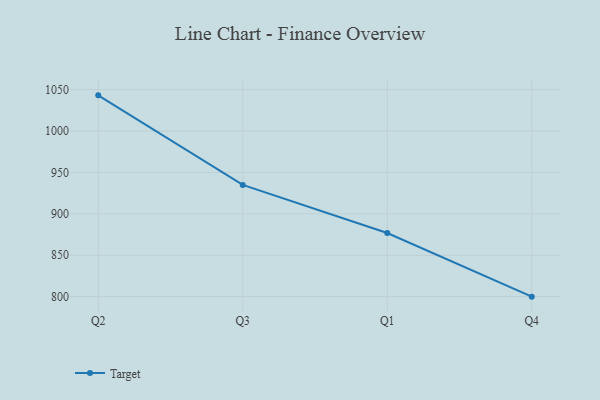
{"axis": {"x": "Quarter", "y": "Net Income (USD K)"}, "legend": ["Target"], "data": [{"x": "Q2", "y": 1043.1, "type": "Target"}, {"x": "Q3", "y": 934.9, "type": "Target"}, {"x": "Q1", "y": 876.9, "type": "Target"}, {"x": "Q4", "y": 800, "type": "Target"}]}